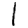
Digit: 1